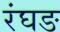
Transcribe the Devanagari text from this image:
रंघङ